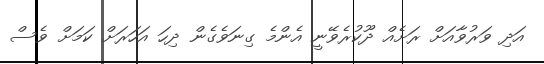
އަދި ވަރުވާއަށް ރަށެއް ދޫކުރެވޭނީ އެންމެ ގިނަވެގެން ދިހަ އަހަރަށް ކަމަށް ވެސް